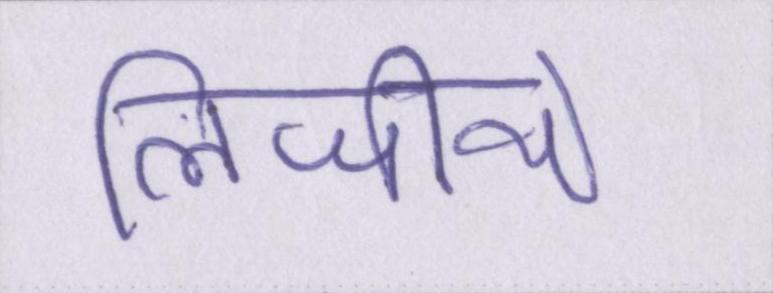
लिजीये